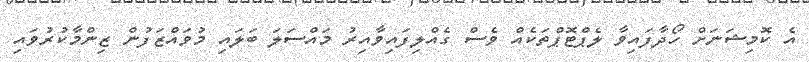
އެ ކޮމިޝަނަށް ހޯދާފައިވާ ލެޕްޓޮޕްތަކެއް ވެސް ގެއްލިފައިވާއިރު މައްސަލަ ބަލައި މުވައްޒަފުން ޒިންމާކުރުވައި